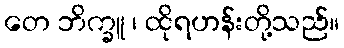
တေ ဘိက္ခူ ၊ ထိုရဟန်းတို့သည်။